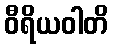
ဝီရိယဝါတိ